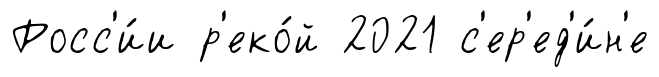
Росс'и́и р'еко́й 2021 с'ер'ед'и́н'е